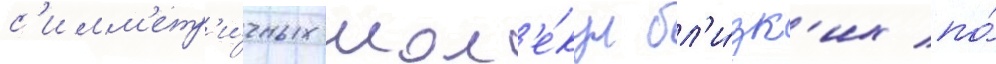
с'имм'етр'и́чных мол'е́кул бл'и́зк'их по́